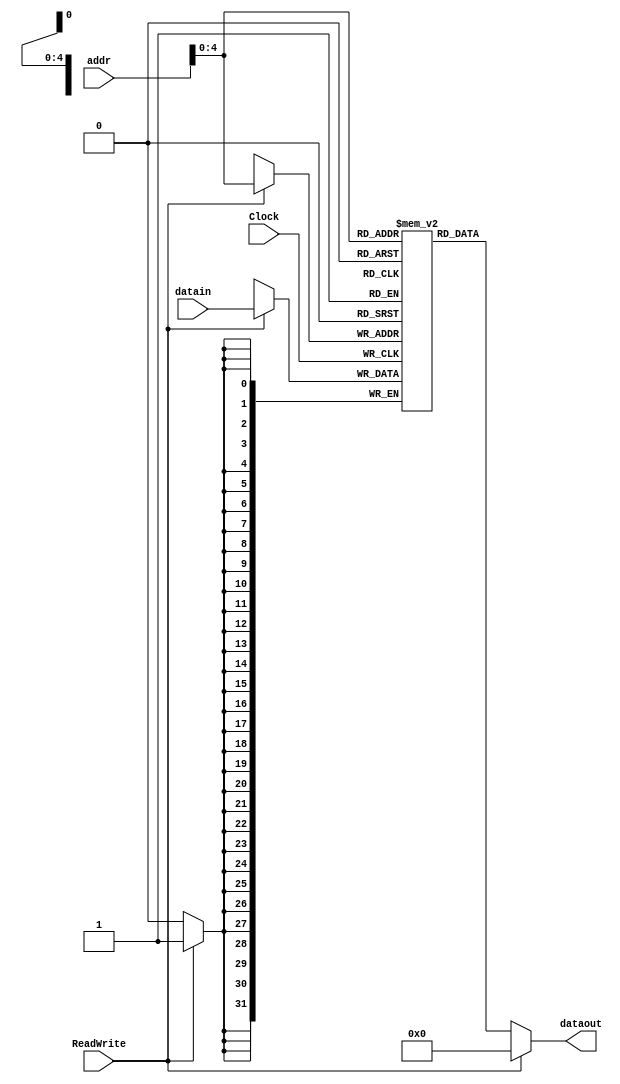
`timescale 1ns / 1ps
module DATA_MEM(
        output[31:0] dataout,
        input [31:0] datain,
        input [31:0] addr,
        input  ReadWrite ,
        input  Clock
    );

    reg [31:0] ram [0:31];

    assign dataout = ReadWrite == 0? ram[addr[4:0]] : 0;

    always @(posedge Clock)
        if (ReadWrite)
            ram[addr[4:0]] = datain;

    integer i;

    initial
    begin
        for ( i = 0 ; i <= 31 ; i = i + 1)
            ram [i] = i ;
    end

endmodule